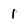
Character: 1